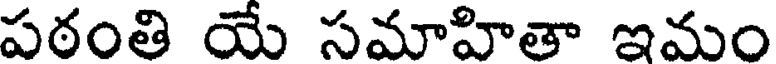
పఠంతి యే సమాహితా ఇమం